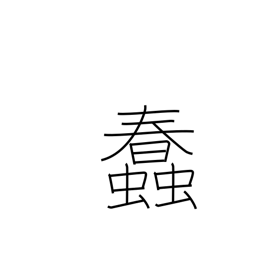
Meaning: wriggle